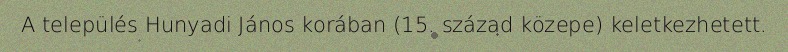
A település Hunyadi János korában (15. század közepe) keletkezhetett.